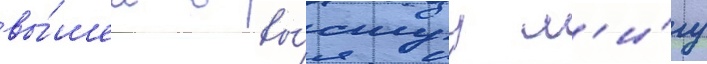
вы́шел в вы́сшуу л'и́гу